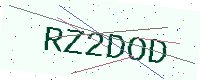
Text: RZ2DOD